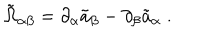
LaTeX: { \tilde { \Omega } } _ { \alpha \beta } = \partial _ { \alpha } { \tilde { a } } _ { \beta } - \partial _ { \beta } { \tilde { a } } _ { \alpha } \; .